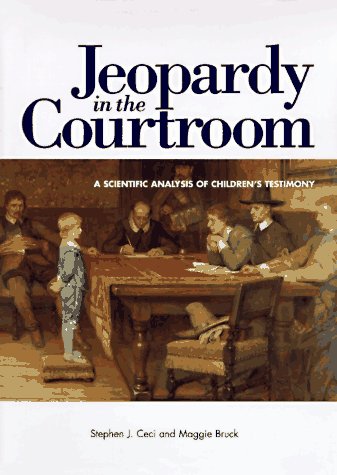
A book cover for Jeopardy in the Courtroom: A Scientific Analysis of Children's Testimony; Stephen J. Ceci; Law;